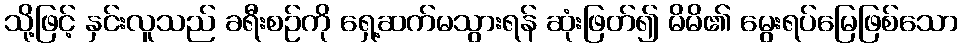
သို့ဖြင့် နှင်းလူသည် ခရီးစဉ်ကို ရှေ့ဆက်မသွားရန် ဆုံးဖြတ်၍ မိမိ၏ မွေးရပ်မြေဖြစ်သော